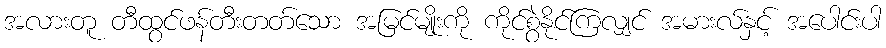
အလားတူ တီထွင်ဖန်တီးတတ်သော အမြင်မျိုးကို ကိုင်စွဲနိုင်ကြလျှင် အမားလ်နှင့် အပေါင်းပါ